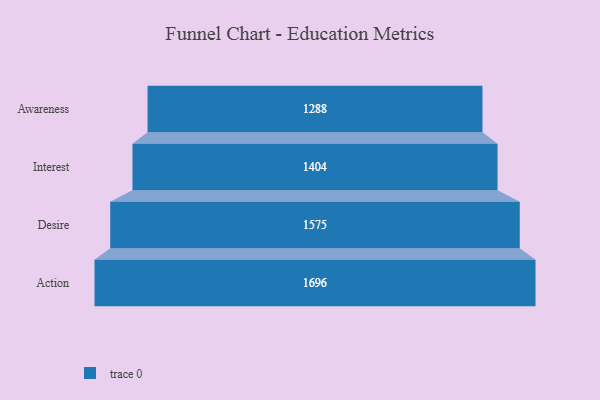
{"axis": {"x": "Stage", "y": "Value"}, "legend": [""], "data": [{"x": "Awareness", "y": 1288.0, "type": ""}, {"x": "Interest", "y": 1404.0, "type": ""}, {"x": "Desire", "y": 1575.0, "type": ""}, {"x": "Action", "y": 1696.0, "type": ""}]}